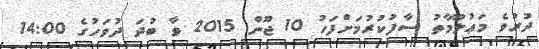
ދުރުވެ މަޢުލޫމާތު ސާފުކުރުމަށްފަހު 10 ޖޫން 2015 ވާ ބުދަ ދުވަހުގެ 14:00